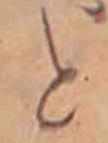
と